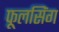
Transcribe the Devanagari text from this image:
फूलसिंग